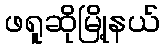
ဖရူဆိုမြို့နယ်